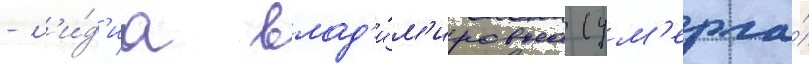
- л'и́д'иа влад'и́м'ировна (ум'ерла́